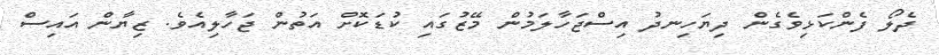
ދެލޯ ފެންކަޅިވެގެން ދިޔަހިނދު އިސްޖަހާލަމުން މޭޒުގައި ކުޑަކޮށް އަތުން ޖަހާލިއެވެ. ޒިޔާން އައިސް